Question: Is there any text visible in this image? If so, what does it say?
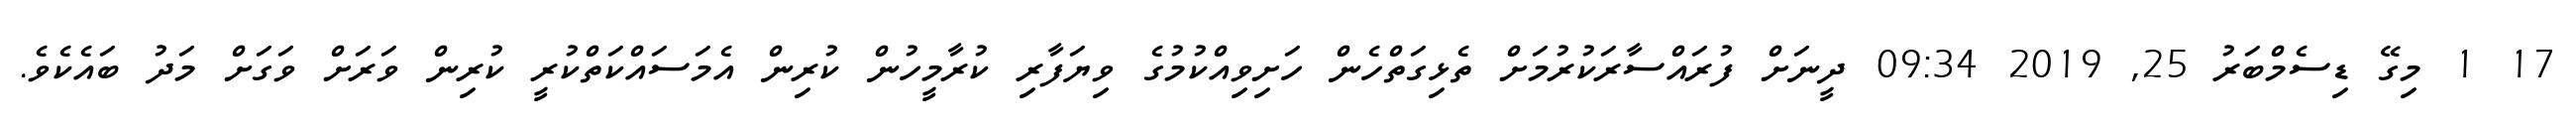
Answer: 17 1 މިގޭ ޑިސެމްބަރު 25, 2019 09:34 ދީނަށް ފުރައްސާރަކުރުމަށް ތެޅިގަތްހެން ހަށިވިއްކުމުގެ ވިޔަފާރި ކުރާމީހުން ކުރިން އެމަސައްކަތްކުރީ ކުރިން ވަރަށް ވަގަށް މަދު ބައެކެވެ.